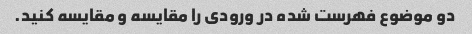
دو موضوع فهرست شده در ورودی را مقایسه و مقایسه کنید.